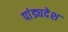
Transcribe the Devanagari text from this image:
पांड्यदेश